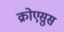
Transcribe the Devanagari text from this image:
क्रोएसुस